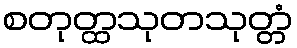
စတုတ္ထသုတသုတ္တံ